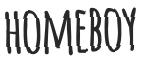
HOMEBOY